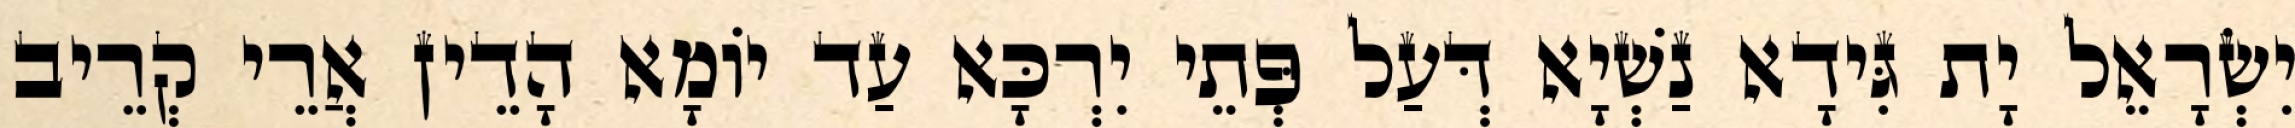
יִשְׂרָאֵל יָת גִּידָא נַשְׁיָא דְּעַל פְּתֵי יִרְכָּא עַד יוֹמָא הָדֵין אֲרֵי קְרֵיב